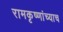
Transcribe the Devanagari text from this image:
रामकृष्णांच्याच